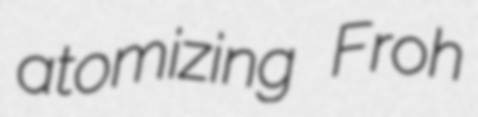
atomizing Froh